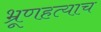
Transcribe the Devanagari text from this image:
भ्रूणहत्याच